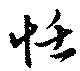
恬